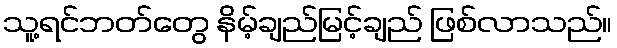
သူ့ရင်ဘတ်တွေ နိမ့်ချည်မြင့်ချည် ဖြစ်လာသည်။